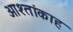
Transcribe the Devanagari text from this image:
ओश्तांकाह